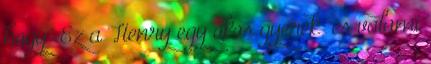
hogy “Ez a Henry egy okos gyerek” és valami